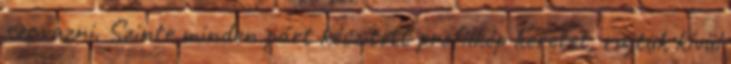
szavazni. Szinte minden párt készített profilkép keretet, rajtuk kívül